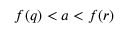
f ( q ) < a < f ( r )